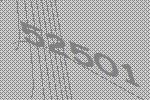
52501